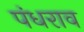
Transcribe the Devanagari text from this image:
पंधराव